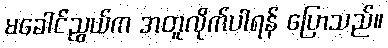
မခေါင်ညွယ်က အတူလိုက်ပါရန် ပြောသည်။